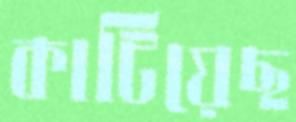
কাটিয়েছ